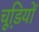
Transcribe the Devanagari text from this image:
चूडि़यों